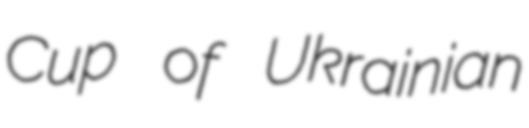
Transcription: Cup of Ukrainian